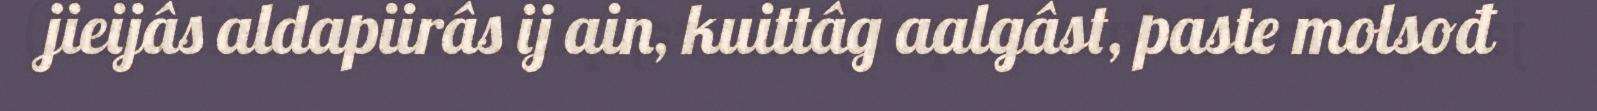
jieijâs aldapiirâs ij ain, kuittâg aalgâst, paste molsođ